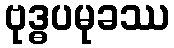
ဗုဒ္ဓပမုခဿ